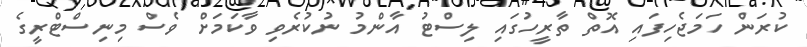
ކުރަން ހަމަޖެހިފައި އޮތް ތާރީހުގައި ލިސްޓު އާންމު ނުކުރެވި ވާކަމަށް ވެސް މިނިސްޓްރީގެ